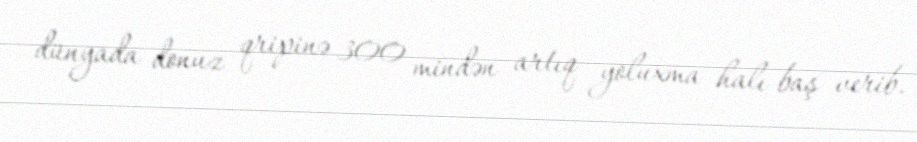
dünyada donuz qripinə 300 mindən artıq yoluxma halı baş verib.